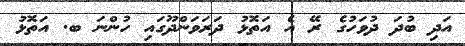
އަދި ބުދަ ދުވަހުގެ ރޭ އެ އަތޮޅު ދަރަވަންދޫގައި ހުންނަ ބ. އަތޮޅު